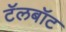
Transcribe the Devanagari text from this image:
टॅलबॉट